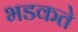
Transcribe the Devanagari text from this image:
भडकते